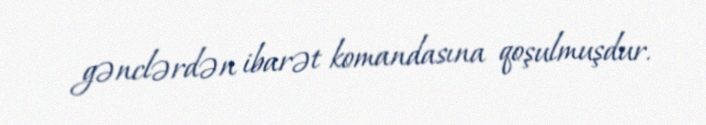
gənclərdən ibarət komandasına qoşulmuşdur.